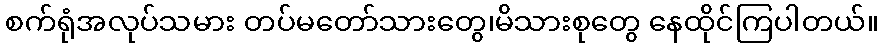
စက်ရုံအလုပ်သမား တပ်မတော်သားတွေ၊မိသားစုတွေ နေထိုင်ကြပါတယ်။